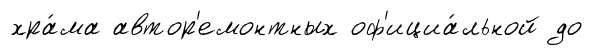
хра́ма автор'емонтных оф'ициа́льной до